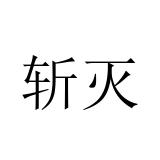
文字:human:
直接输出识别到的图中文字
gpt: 斩灭